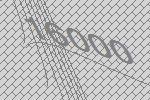
16000